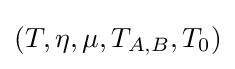
(T,\eta ,\mu ,T_{A,B},T_{0})